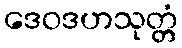
ဒေဝဒဟသုတ္တံ